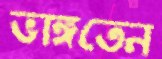
ভাঙ্গতেন